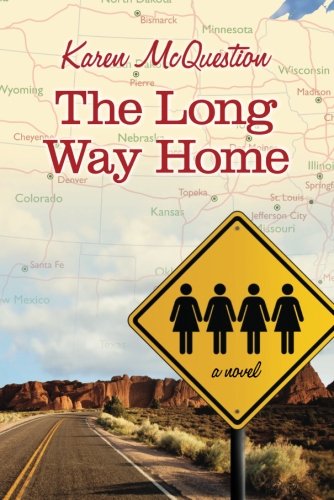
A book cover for The Long Way Home; Karen McQuestion; Literature & Fiction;